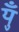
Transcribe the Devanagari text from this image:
युँ